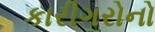
કારીગરોનો